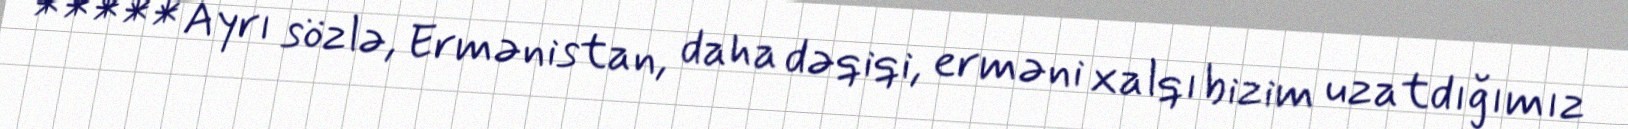
***** Ayrı sözlə, Ermənistan, daha dəqiqi, erməni xalqı bizim uzatdığımız